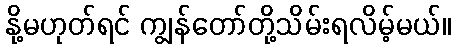
နို့မဟုတ်ရင် ကျွန်တော်တို့သိမ်းရလိမ့်မယ်။